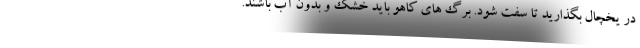
در یخچال بگذارید تا سفت شود. برگ های کاهو باید خشک و بدون آب باشند.